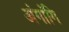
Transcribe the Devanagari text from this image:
अंगांगि